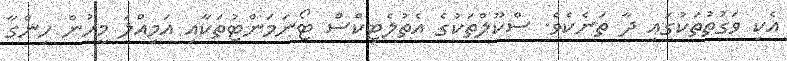
އެކި ވަގުތުތަކުގައި ދާ ތަނެކެވެ. ސްކޫލްތަކުގެ އެތުލެޓިކްސް ޓޯނަމަންޓުތަކާއި އަމިއްލަ މީހުން ހިންގާ